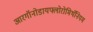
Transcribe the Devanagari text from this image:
आरगॉनोडायफ्लोरोमिथॅनियम